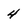
Character: 4